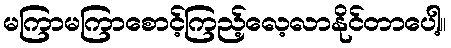
မကြာမကြာစောင့်ကြည့်လေ့လာနိုင်တာပေါ့။